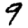
Digit: 9